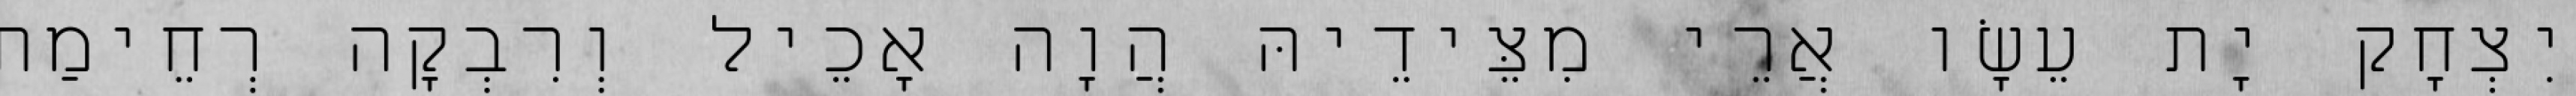
יִצְחָק יָת עֵשָׂו אֲרֵי מִצֵּידֵיהּ הֲוָה אָכֵיל וְרִבְקָה רְחֵימַת